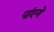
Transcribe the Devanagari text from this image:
पांएगे